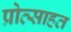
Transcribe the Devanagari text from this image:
प्रोत्साहत